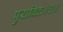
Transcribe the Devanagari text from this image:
पुराविदः॥३३॥